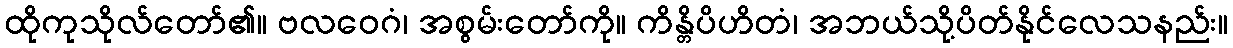
ထိုကုသိုလ်တော်၏။ ဗလဝေဂံ၊ အစွမ်းတော်ကို။ ကိန္တိပိဟိတံ၊ အဘယ်သို့ပိတ်နိုင်လေသနည်း။